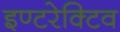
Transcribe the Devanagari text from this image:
इण्टरेक्टिव